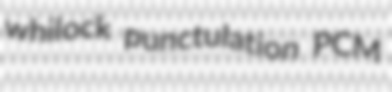
whilock punctulation PCM